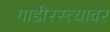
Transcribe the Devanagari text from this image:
गाडीरस्त्यावर